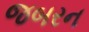
જબરન